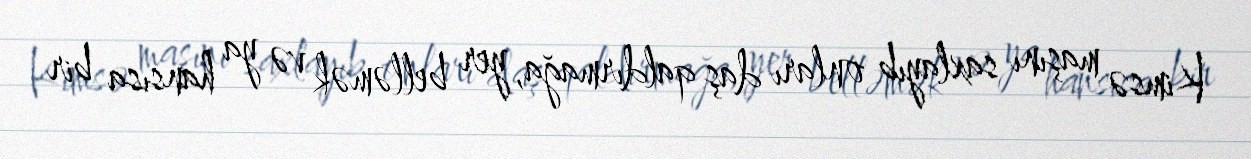
Kimsə maşını saxlayıb onları daş qaldırmağa, yer belləmək və ya hansısa bir